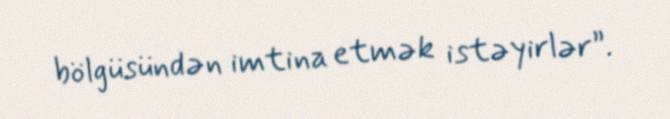
bölgüsündən imtina etmək istəyirlər”.